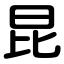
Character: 昆